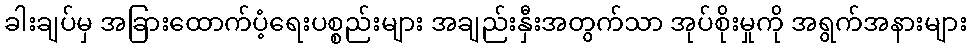
ခါးချပ်မှ အခြားထောက်ပံ့ရေးပစ္စည်းများ အချည်းနှီးအတွက်သာ အုပ်စိုးမှုကို အရွက်အနားများ